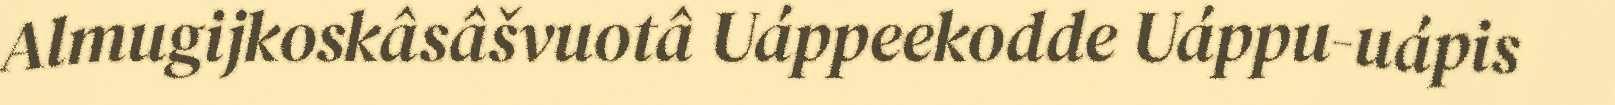
Almugijkoskâsâšvuotâ Uáppeekodde Uáppu-uápis